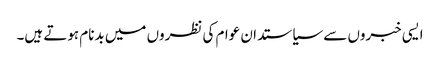
ایسی خبروں سے سیاستدان عوام کی نظروں میں بدنام ہوتے ہیں۔